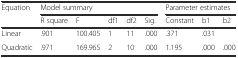
| <ROWSPAN=2> Equation | <COLSPAN=5> Model summary | <COLSPAN=3> Parameter estimates |
 | R square | F | df1 | df2 | Sig. | Constant | b1 | b2 |
 | --- | --- | --- | --- | --- | --- | --- | --- | --- |
 | Linear | .901 | 100.405 | 1 | 11 | .000 | .371 | .031 |  |
 | Quadratic | .971 | 169.965 | 2 | 10 | .000 | 1.195 | .000 | .000 |